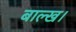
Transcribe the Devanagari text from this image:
बाल्ख।